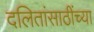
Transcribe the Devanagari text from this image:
दलितांसाठींच्या